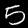
Digit: 5